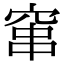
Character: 窜